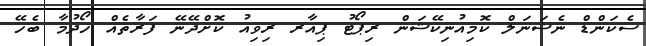
ސެކަންޑް ނެޝަނަލް ކޮމިއުނިކޭޝަން ރިޕޯޓު ޕިއާރ ރިވިއު ކޮށްދޭނޭ ފަރާތެއް ހޯދުމާ ބެހޭ